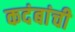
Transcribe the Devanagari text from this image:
कदंबांची